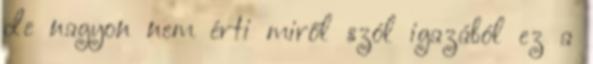
de nagyon nem érti miről szól igazából ez a